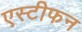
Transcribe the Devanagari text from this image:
एस्टीफन